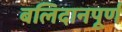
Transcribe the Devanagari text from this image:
बलिदानपूर्ण